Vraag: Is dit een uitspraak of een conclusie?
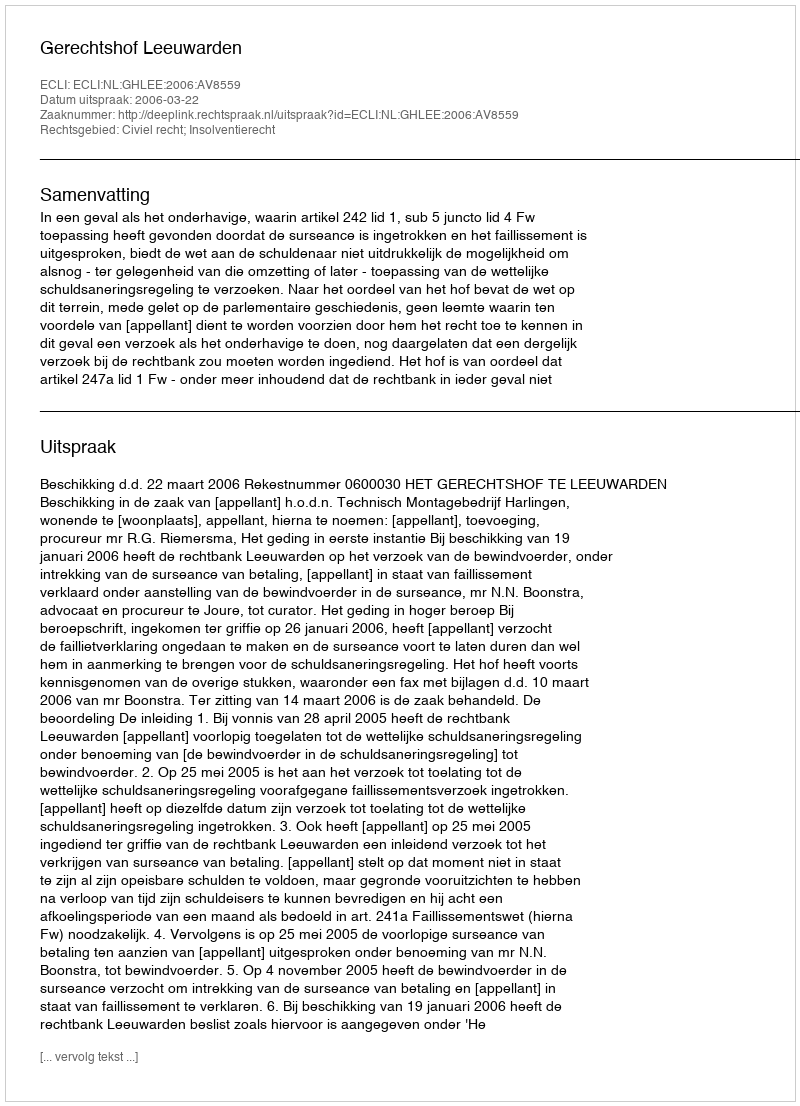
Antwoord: Uitspraak